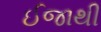
ઈજાથી